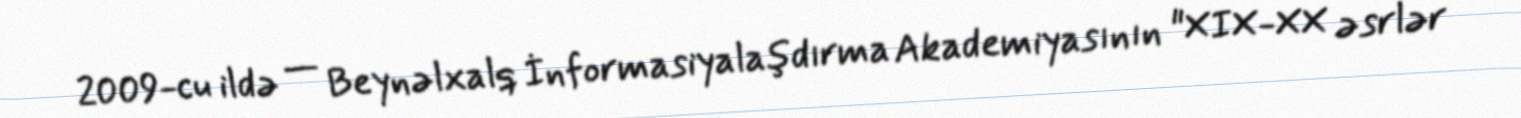
2009-cu ildə — Beynəlxalq İnformasiyalaşdırma Akademiyasının "XIX-XX əsrlər